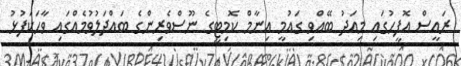
ރައީސް އޮފީހުގައި މިއަދު ބޭއްވި ގައުމީ އިނާމް ކޮމިޓީގެ ނޫސްވެރިންގެ ބައްދަލުވުމެއްގައި ވާހަކަފުޅު